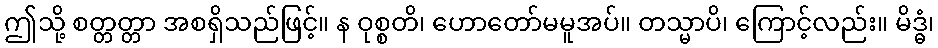
ဤသို့ စတ္တတ္တာ အစရှိသည်ဖြင့်။ န ဝုစ္စတိ၊ ဟောတော်မမူအပ်။ တသ္မာပိ၊ ကြောင့်လည်း။ မိဒ္ဓံ၊